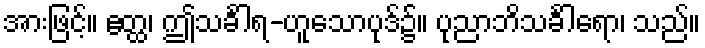
အားဖြင့်။ ဧတ္ထ၊ ဤသင်္ခါရ-ဟူသောပုဒ်၌။ ပုညာဘိသင်္ခါရော၊ သည်။